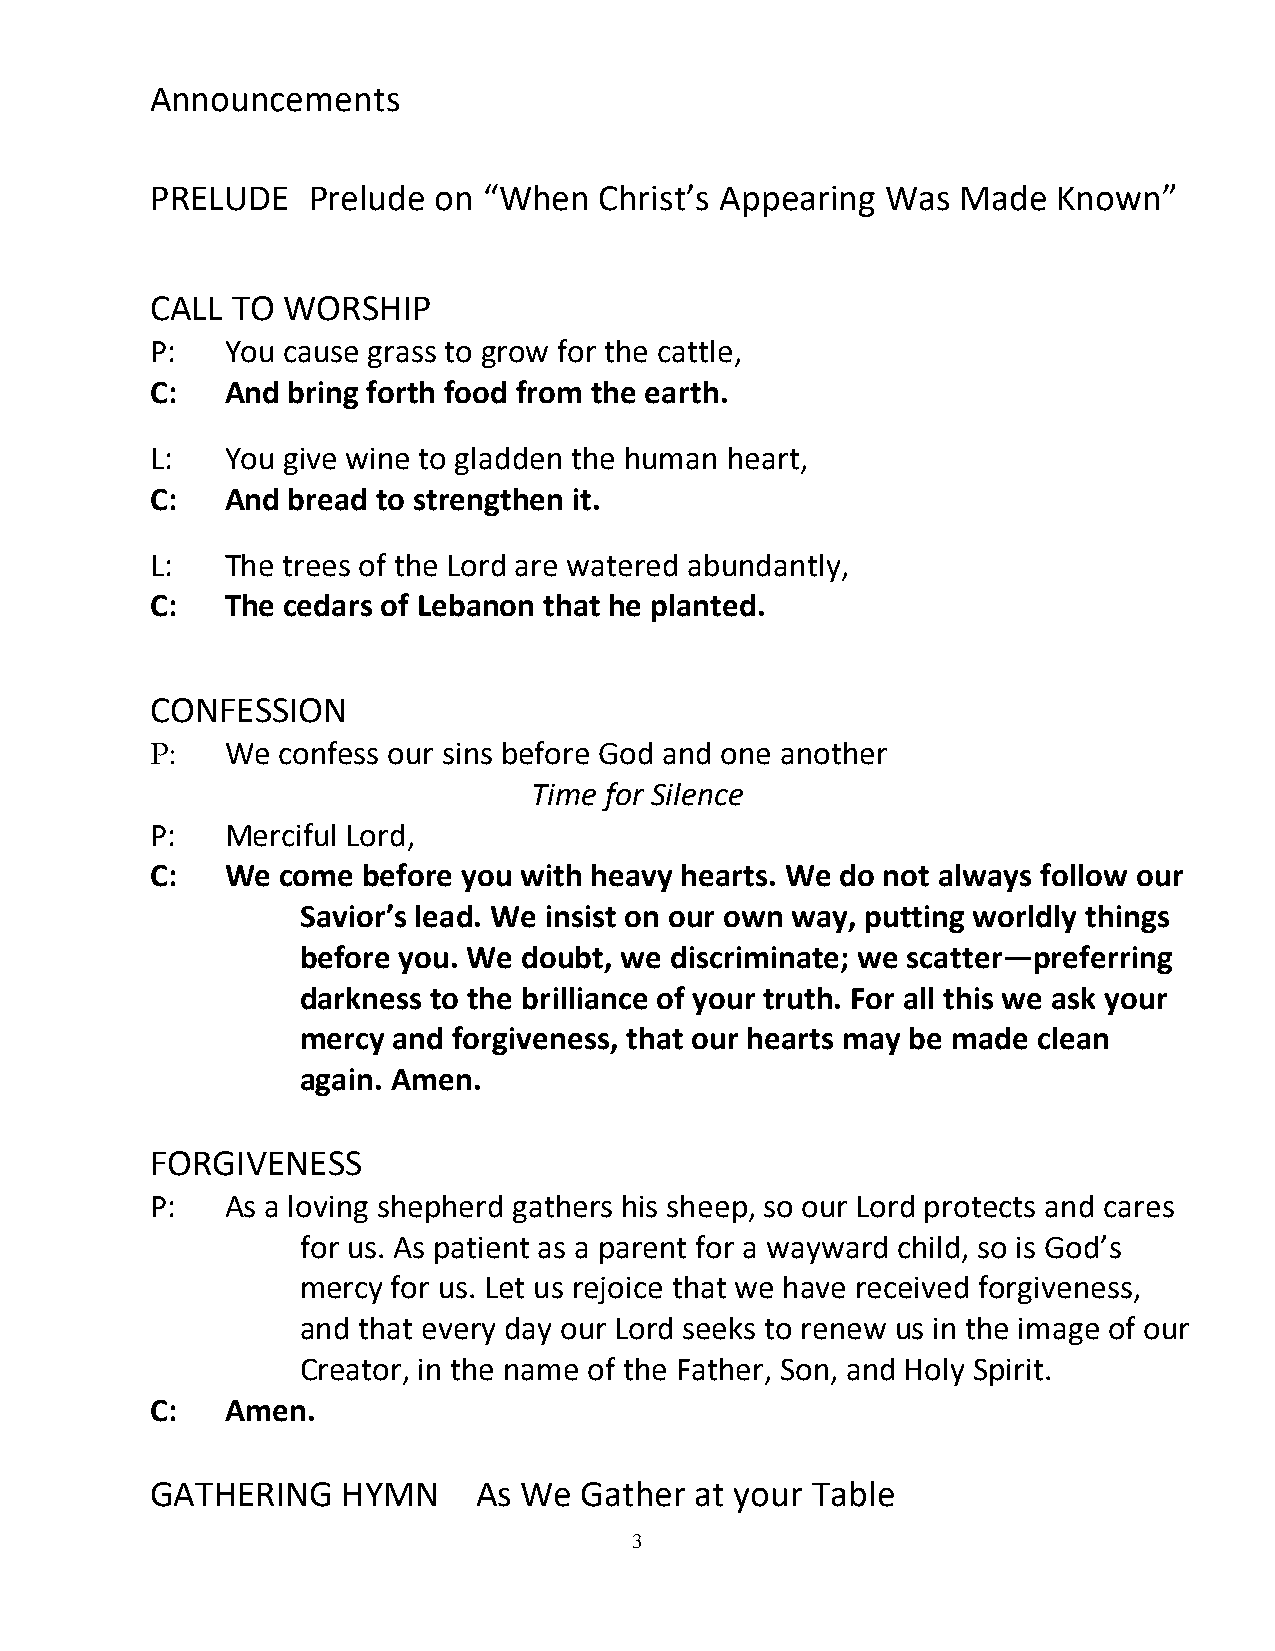
Announcements
 PRELUDE   Prelude  on “When   Christ’s Appearing Was  Made  Known”
 CALL TO  WORSHIP
 P:   You cause grass to grow for the cattle,
 C:   And bring forth food from the earth.
 L:   You give wine to gladden the human heart,
 C:   And bread to strengthen it.
 L:   The trees of the Lord are watered abundantly,
 C:   The cedars of Lebanon that he planted.
 CONFESSION
 P:   We confess our sins before God and one another
 Time for Silence
 P:   Merciful Lord,
 C:   We  come before you with heavy hearts. We do not always follow our
 Savior’s lead. We insist on our own way, putting worldly things
 before you. We doubt, we discriminate; we scatter—preferring
 darkness to the brilliance of your truth. For all this we ask your
 mercy and forgiveness, that our hearts may be made clean
 again. Amen.
 FORGIVENESS
 P:   As a loving shepherd gathers his sheep, so our Lord protects and cares
 for us. As patient as a parent for a wayward child, so is God’s
 mercy for us. Let us rejoice that we have received forgiveness,
 and that every day our Lord seeks to renew us in the image of our
 Creator, in the name of the Father, Son, and Holy Spirit.
 C:   Amen.
 GATHERING    HYMN    As We  Gather  at your Table
 3